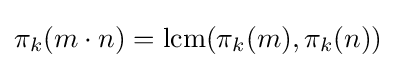
\pi _{k}(m\cdot n)=\mathrm {lcm} (\pi _{k}(m),\pi _{k}(n))